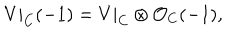
V | _ { C } ( - 1 ) = V | _ { C } \otimes { \cal O } _ { C } ( - 1 ) ,